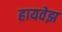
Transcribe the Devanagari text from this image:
हायवेझ